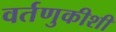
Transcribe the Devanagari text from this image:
वर्तणुकीशी